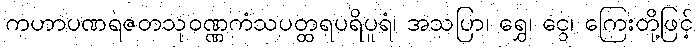
ကဟာပဏရဇတသုဝဏ္ဏကံသပတ္ထရပရိပူရံ၊ အသပြာ၊ ရွှေ၊ ငွေ၊ ကြေးတို့ဖြင့်